Cholera in southern India
Disease focus: Cholera
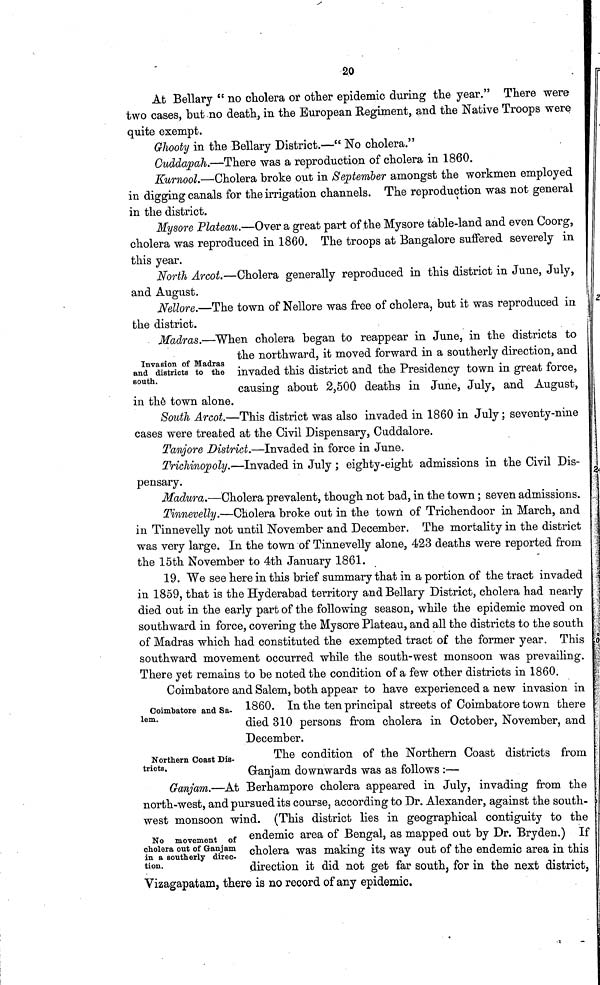
20
At Bellary " no cholera or other epidemic during the year." There were
two cases, but no death, in the European Regiment, and the Native Troops were
quite exempt.
Ghooty in the Bellary District.—" No cholera."
Cuddapah.—There was a reproduction of cholera in 1860.
Kurnool.—Cholera broke out in September amongst the workmen employed
in digging canals for the irrigation channels. The reproduction was not general
in the district.
Mysore Plateau.—Over a great part of the Mysore table-land and even Coorg,
cholera was reproduced in 1860. The troops at Bangalore suffered severely in
this year.
North Arcot.—Cholera generally reproduced in this district in June, July,
and August.
Nellore.—The town of Nellore was free of cholera, but it was reproduced in
the district.
Invasion of Madras
and districts to the
south.
Madras.—When cholera began to reappear in June, in the districts to
the northward, it moved forward in a southerly direction, and
invaded this district and the Presidency town in great force,
causing about 2,500 deaths in June, July, and August,
in the town alone.
South Arcot.—This district was also invaded in 1860 in July; seventy-nine
cases were treated at the Civil Dispensary, Cuddalore.
Tanjore District.—Invaded in force in June.
Tricliinopoly.•—Invaded in July; eighty-eight admissions in the Civil Dis-
pensary.
Madura.—Cholera prevalent, though not bad, in the town; seven admissions.
Tinnevelly.—Cholera broke out in the town of Trichendoor in March, and
in Tinnevelly not until November and December. The mortality in the district
was very large. In the town of Tinnevelly alone, 423 deaths were reported from
the 15th November to 4th January 1861.
19. We see here in this brief summary that in a portion of the tract invaded
in 1859, that is the Hyderabad territory and Bellary District, cholera had nearly
died out in the early part of the following season, while the epidemic moved on
southward in force, covering the Mysore Plateau, and all the districts to the south
of Madras which had constituted the exempted tract of the former year. This
southward movement occurred while the south-west monsoon was prevailing.
There yet remains to be noted the condition of a few other districts in 1860.
Coimbatore and Sa-
lem.
Coimbatore and Salem, both appear to have experienced a new invasion in
1860. In the ten principal streets of Coimbatore town there
died 310 persons from cholera in October, November, and
December.
Northern Coast Dis-
tricts,
The condition of the Northern Coast districts from
Granjam downwards was as follows :—
No movement of
cholera out of Ganjam
in a southerly direc-
tion.
Ganjam.—At Berhampore cholera appeared in July, invading from the
north-west, and pursued its course, according to Dr. Alexander, against the south-
west monsoon wind. (This district lies in geographical contiguity to the
endemic area of Bengal, as mapped out by Dr. Bryden.) If
cholera was making its way out of the endemic area in this
direction it did not get far south, for in the next district,
Vizagapatam, there is no record of any epidemic.